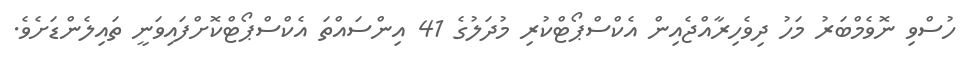
ހުސްވި ނޮވެމްބަރު މަހު ދިވެހިރާއްޖެއިން އެކްސްޕޯޓްކުރި މުދަލުގެ 41 އިންސައްތަ އެކްސްޕޯޓްކޮށްފައިވަނީ ތައިލެންޑަށެވެ.